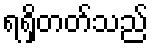
ရရှိတတ်သည်